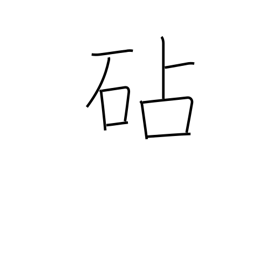
Meaning: fulling block